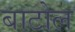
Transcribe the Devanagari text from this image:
बाटोल